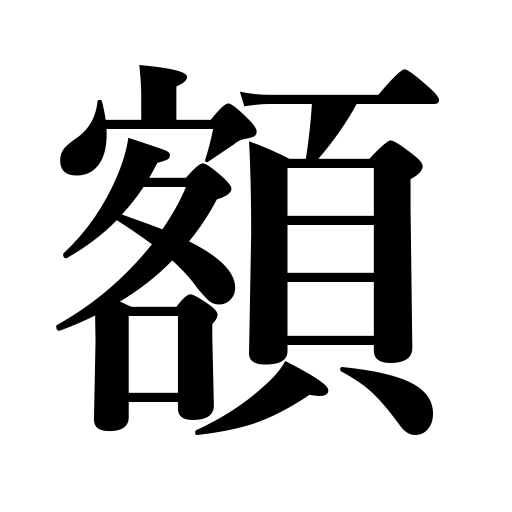
Meanings: framed picture,volume,plaque,denomination,brow,amount,forehead,sum,tablet,quantity